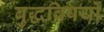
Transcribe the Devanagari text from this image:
बुद्धविषयों